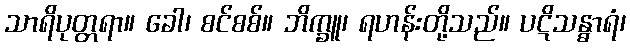
သာရိပုတ္တရာ။ ခေါ၊ စင်စစ်။ ဘိက္ခူ၊ ရဟန်းတို့သည်။ ပဋိသန္ဓာရံ၊